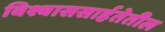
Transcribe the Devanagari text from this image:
विश्वाससार्हतेतील